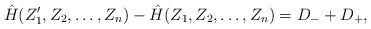
LaTeX: \begin{align*}\hat{H}(Z_1',Z_2,\ldots,Z_n)-\hat{H}(Z_1,Z_2,\ldots,Z_n) = D_- + D_+,\end{align*}